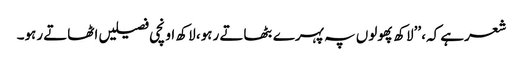
شعرہے کہ، ’’لاکھ پھولوں پہ پہرے بٹھاتے رہو، لاکھ اونچی فصیلیں اٹھاتے رہو۔